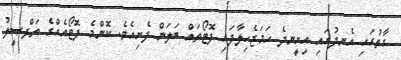
ގާތުގައި އެނދުގައި އިށީނދެ ހަމަޖެހިލާފައި ފޮޓޯތައް ބަލަން ފެށިއެވެ. ކޮންމެ ފޮޓޯއެއްގެ ތަފްޞީލު